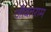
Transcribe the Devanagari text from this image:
जीवतराम